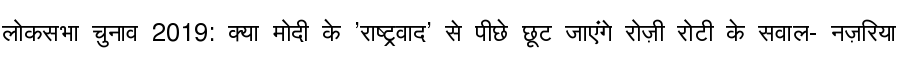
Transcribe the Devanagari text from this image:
लोकसभा चुनाव 2019: क्या मोदी के 'राष्ट्रवाद' से पीछे छूट जाएंगे रोज़ी रोटी के सवाल- नज़रिया